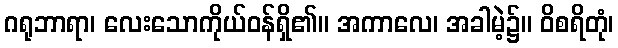
ဂရုဘာရာ၊ လေးသောကိုယ်ဝန်ရှိ၏။ အကာလေ၊ အခါမဲ့၌။ ဝိစရိတုံ၊